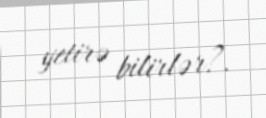
yetirə bilirlər?.